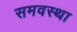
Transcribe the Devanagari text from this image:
समवस्था